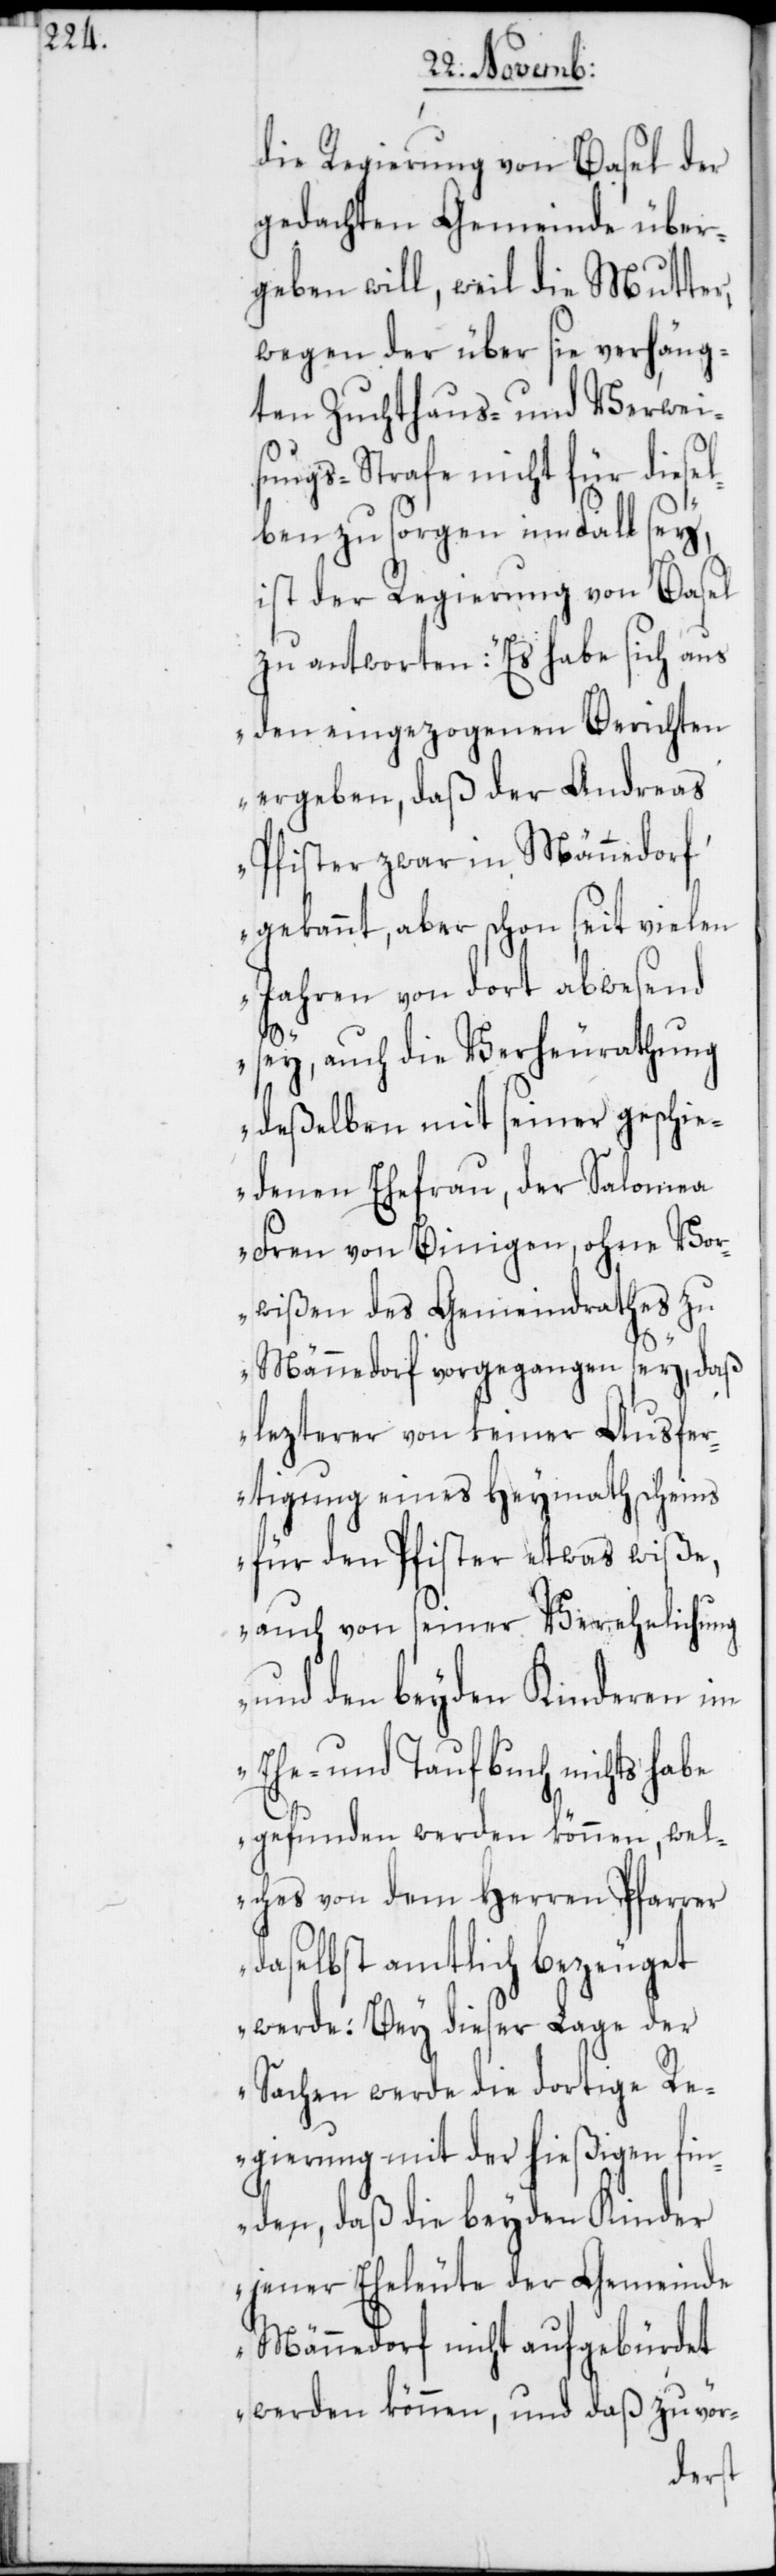
die Regierung von Basel der
gedachten Gemeinde über¬
geben will, weil die Mutter,
wegen der über sie verhäng¬
ten Zuchthaus- und Verwei¬
sungs-Strafe nicht für diesel¬
ben zu sorgen im Fall sey,
ist der Regierung von Basel
zu antworten: „Es habe sich aus
den eingezogenen Berichten
ergeben, daß der Andreas
Pfister zwar in Männedorf
gekannt, aber schon seit vielen
Jahren von dort abwesend
sey, auch die Verheurathung
deßelben mit seiner geschie¬
denen Ehefrau, der Salomea
Fren von Binigen, ohne Vo¬
rwißen des Gemeindrathes zu
Männedorf vorgegangen sey, daß
lezterer von keiner Ausfer¬
tigung eines Heymathscheins
für den Pfister etwas wiße,
auch von seiner Verehelichung
und den beyden Kinderen im
Ehe- und Taufbuch nichts habe
gefunden werden können, wel¬
ches von dem Herren Pfarrer
daselbst amtlich bezeuget
werde. Bey dieser Lage der
Sachen werde die dortige Re¬
gierung mit der hießigen fin¬
den, daß die beyden Kinder
jener Eheleute der Gemeinde
Männedorf nicht aufgebürdet
werden können, und daß zuvör-